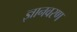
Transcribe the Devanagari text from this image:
ज्ञानवरण